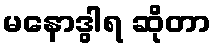
မနောဒွါရ ဆိုတာ